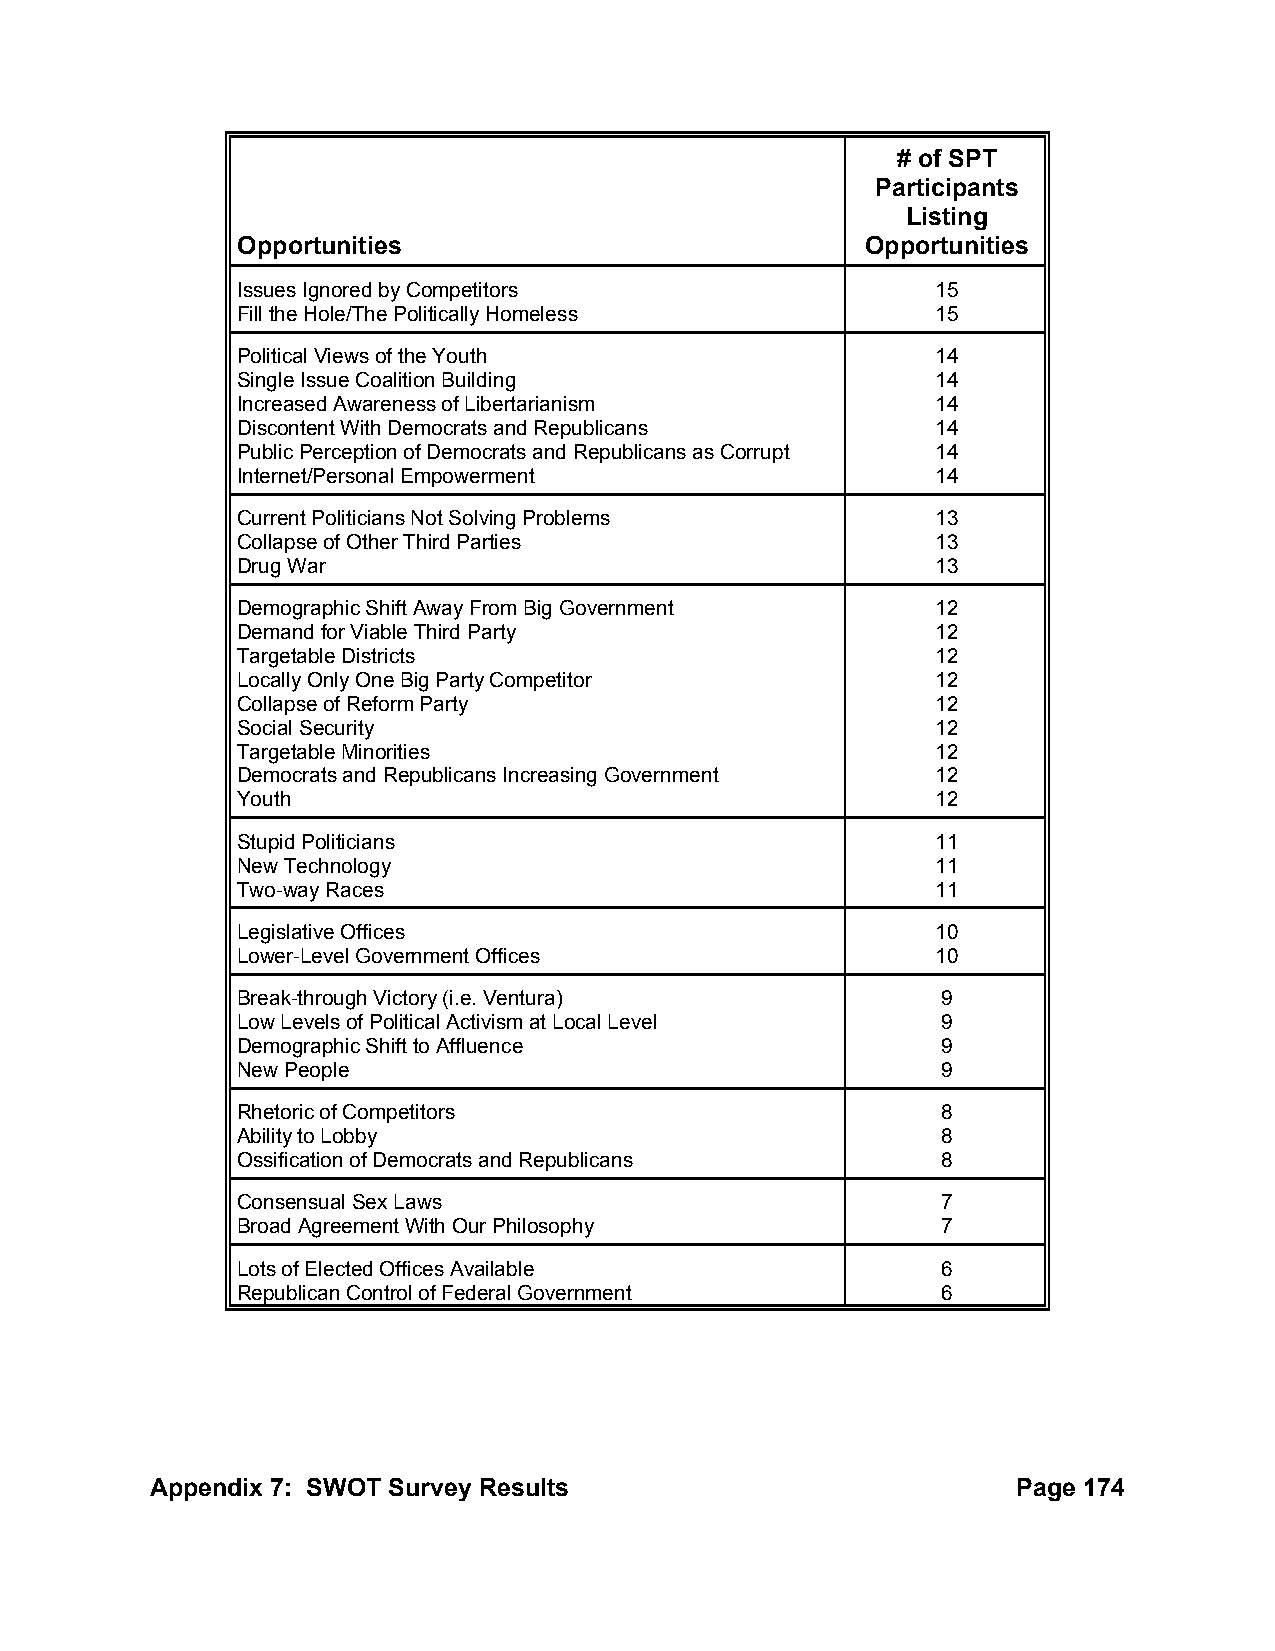
# of SPT
 Participants
 Listing
 Opportunities                            Opportunities
 Issues Ignored by Competitors                 15
 Fill the Hole/The Politically Homeless        15
 Political Views of the Youth                  14
 Single Issue Coalition Building               14
 Increased Awareness of Libertarianism         14
 Discontent With Democrats and Republicans     14
 Public Perception of Democrats and Republicans as Corrupt 14
 Internet/Personal Empowerment                 14
 Current Politicians Not Solving Problems      13
 Collapse of Other Third Parties               13
 Drug War                                      13
 Demographic Shift Away From Big Government    12
 Demand for Viable Third Party                 12
 Targetable Districts                          12
 Locally Only One Big Party Competitor         12
 Collapse of Reform Party                      12
 Social Security                               12
 Targetable Minorities                         12
 Democrats and Republicans Increasing Government 12
 Youth                                         12
 Stupid Politicians                            11
 New Technology                                11
 Two-way Races                                 11
 Legislative Offices                           10
 Lower-Level Government Offices                10
 Break-through Victory (i.e. Ventura)          9
 Low Levels of Political Activism at Local Level 9
 Demographic Shift to Affluence                9
 New People                                    9
 Rhetoric of Competitors                       8
 Ability to Lobby                              8
 Ossification of Democrats and Republicans     8
 Consensual Sex Laws                           7
 Broad Agreement With Our Philosophy           7
 Lots of Elected Offices Available             6
 Republican Control of Federal Government      6
 Appendix 7: SWOT Survey Results                          Page 174